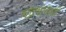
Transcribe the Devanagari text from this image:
चंद्रयानाशी